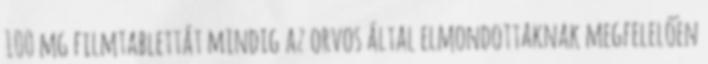
100 mg filmtablettát mindig az orvos által elmondottaknak megfelelően